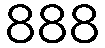
888